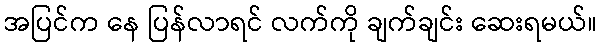
အပြင်က နေ ပြန်လာရင် လက်ကို ချက်ချင်း ဆေးရမယ်။